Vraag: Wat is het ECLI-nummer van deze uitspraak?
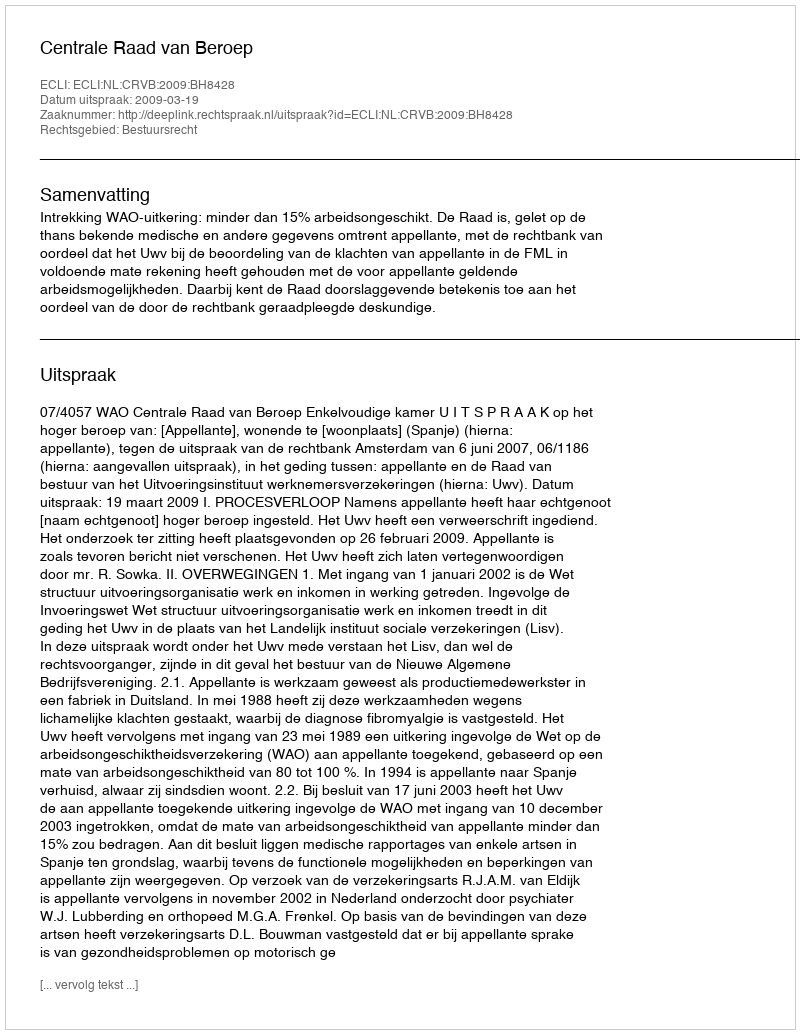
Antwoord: ECLI:NL:CRVB:2009:BH8428